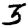
Digit: 3